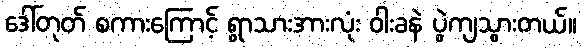
ဒေါ်တုတ် စကားကြောင့် ရွာသားအားလုံး ဝါးခနဲ ပွဲကျသွားတယ်။